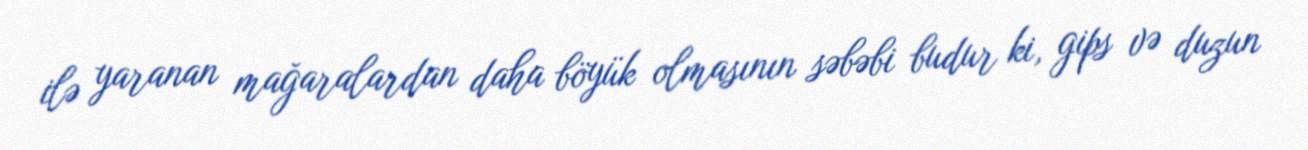
ilə yaranan mağaralardan daha böyük olmasının səbəbi budur ki, gips və duzun